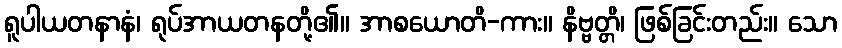
ရူပါယတနာနံ၊ ရုပ်အာယတနတို့၏။ အာစယောတိ-ကား။ နိဗ္ဗတ္တိ၊ ဖြစ်ခြင်းတည်း။ သော